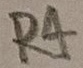
Text: R4